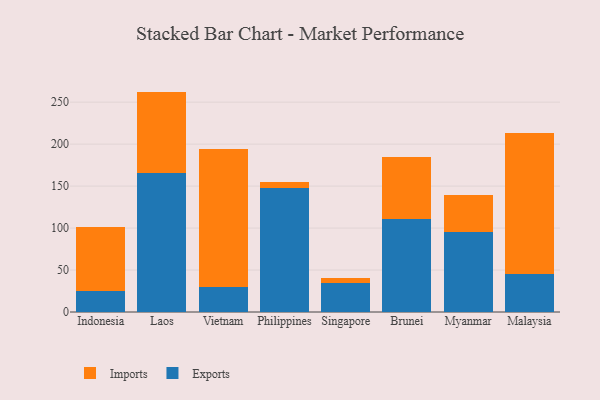
{"axis": {"x": "Country", "y": "Market Share (%)"}, "legend": ["Exports", "Imports"], "data": [{"x": "Indonesia", "y": 25.0, "type": "Exports"}, {"x": "Indonesia", "y": 75.7, "type": "Imports"}, {"x": "Laos", "y": 165.8, "type": "Exports"}, {"x": "Laos", "y": 96.8, "type": "Imports"}, {"x": "Vietnam", "y": 29.6, "type": "Exports"}, {"x": "Vietnam", "y": 164.5, "type": "Imports"}, {"x": "Philippines", "y": 148.2, "type": "Exports"}, {"x": "Philippines", "y": 6.2, "type": "Imports"}, {"x": "Singapore", "y": 34.5, "type": "Exports"}, {"x": "Singapore", "y": 6.0, "type": "Imports"}, {"x": "Brunei", "y": 110.7, "type": "Exports"}, {"x": "Brunei", "y": 73.6, "type": "Imports"}, {"x": "Myanmar", "y": 95.1, "type": "Exports"}, {"x": "Myanmar", "y": 44.2, "type": "Imports"}, {"x": "Malaysia", "y": 44.9, "type": "Exports"}, {"x": "Malaysia", "y": 168.7, "type": "Imports"}]}